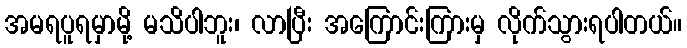
အမရပူရမှာမို့ မသိပါဘူး၊ လာပြီး အကြောင်းကြားမှ လိုက်သွားရပါတယ်။